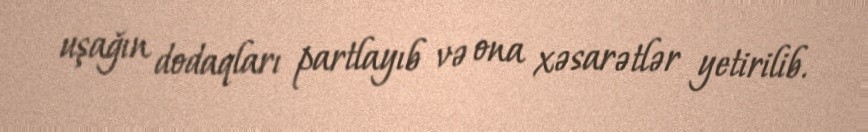
uşağın dodaqları partlayıb və ona xəsarətlər yetirilib.